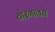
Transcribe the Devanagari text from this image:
बोरगावचे